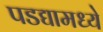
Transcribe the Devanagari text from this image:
पडद्यामध्ये